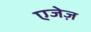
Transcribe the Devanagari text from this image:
एजेज़